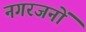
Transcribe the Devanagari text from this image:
नगरजनों